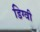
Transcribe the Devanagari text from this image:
डिग्वी